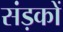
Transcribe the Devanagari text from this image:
संड़कों